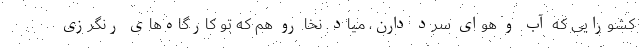
کشورایی که آب و هوای سرد دارن، میاد. نخا رو هم که تو کارگاه‌های رنگرزی